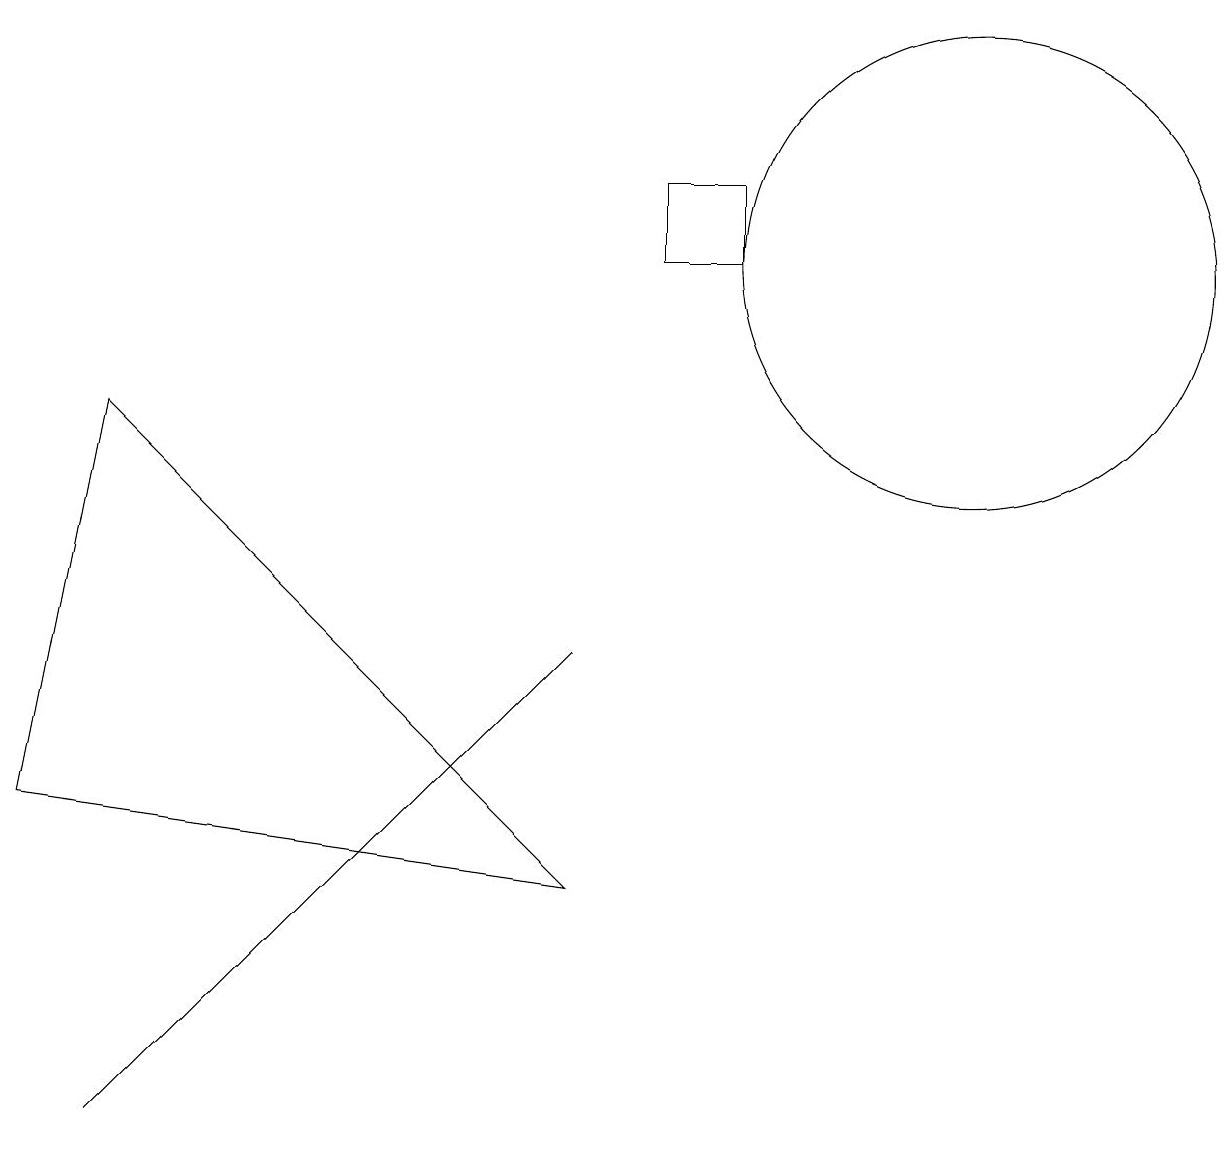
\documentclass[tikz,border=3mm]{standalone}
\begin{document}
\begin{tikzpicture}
\draw (7,3) -- (1,9) -- (0,4) -- cycle;
\draw (9,12) rectangle (8,11);
\draw (12,11) circle (3);
\draw (1,0) -- (6,5) -- (7,6) -- cycle;
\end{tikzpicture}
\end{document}